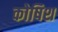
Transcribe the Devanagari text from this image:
कोषिश